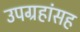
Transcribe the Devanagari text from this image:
उपग्रहांसह